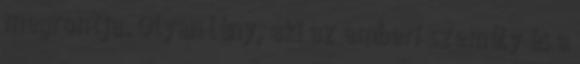
megrontja. Olyan lény, aki az emberi személy és a